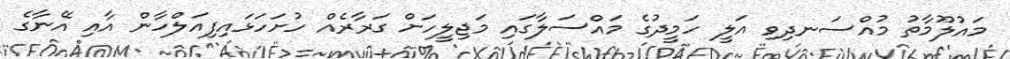
މައުލޫމާތު މުއްސަނދިވި އަލީ ހަމީދުގެ މައްސަލާގައި މަޖިލީހަށް ގަރާރެއް ހުށަހަޅައިފިއަލްހާން އާއި އޭނާގެ